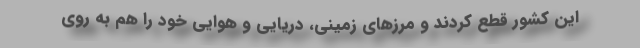
این کشور قطع کردند و مرزهای زمینی، دریایی و هوایی خود را هم به روی